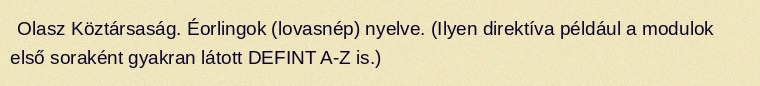
Olasz Köztársaság. Éorlingok (lovasnép) nyelve. (Ilyen direktíva például a modulok első soraként gyakran látott DEFINT A-Z is.)